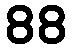
88